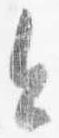
今